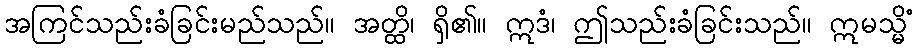
အကြင်သည်းခံခြင်းမည်သည်။ အတ္ထိ၊ ရှိ၏။ ဣဒံ၊ ဤသည်းခံခြင်းသည်။ ဣမသ္မိံ